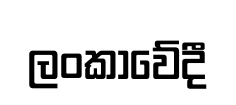
ලංකාවේදී